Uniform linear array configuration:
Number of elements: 24
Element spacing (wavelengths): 0.5
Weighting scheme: hamming
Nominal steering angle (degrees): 15
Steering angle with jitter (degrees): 13.119
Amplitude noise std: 0.05
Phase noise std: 0.05

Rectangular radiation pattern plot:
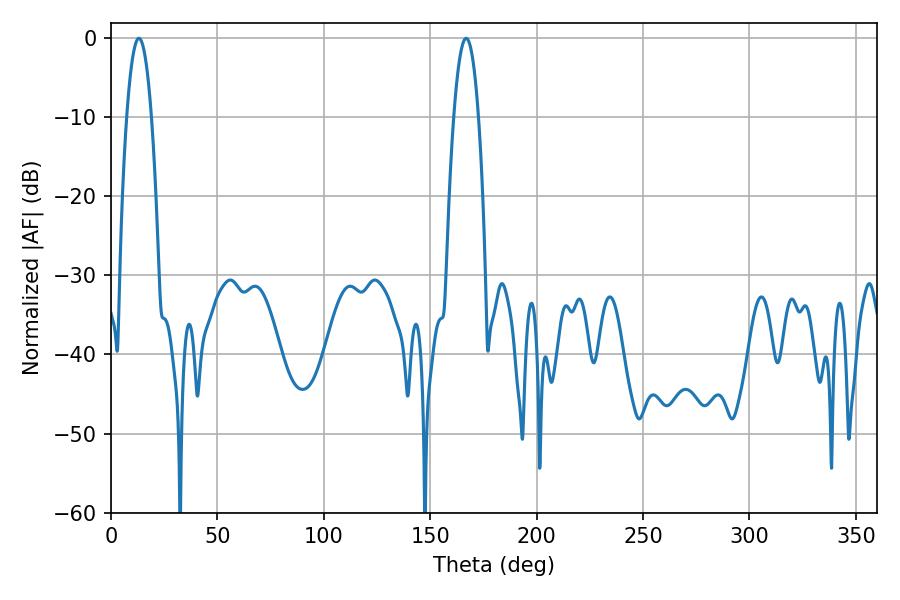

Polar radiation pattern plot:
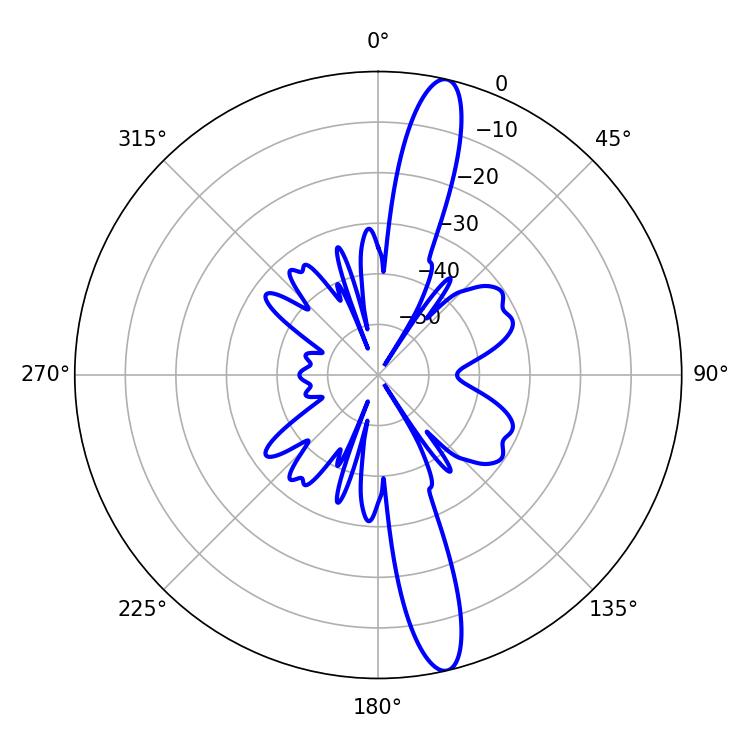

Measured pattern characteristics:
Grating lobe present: FALSE
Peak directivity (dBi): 15.596
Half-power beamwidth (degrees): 6.48
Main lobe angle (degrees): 13.14